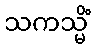
သကသ္မိံ